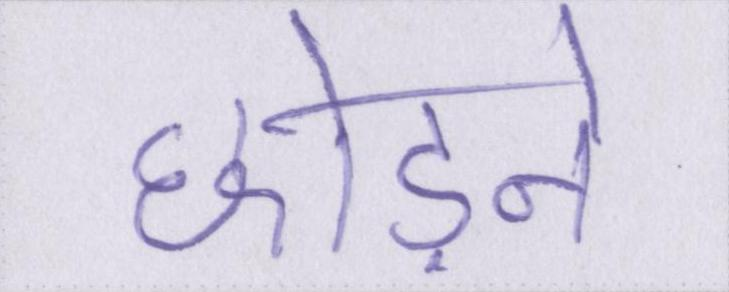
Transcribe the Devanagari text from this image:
छोड़ने